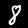
Label: 8